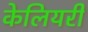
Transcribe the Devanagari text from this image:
केलियरी